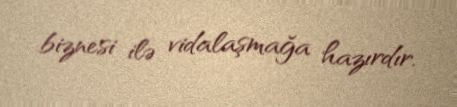
biznesi ilə vidalaşmağa hazırdır.